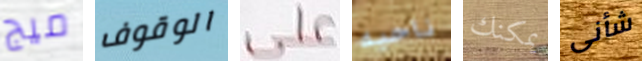
ميج الوقوف على ناحيه يمكنك شأنى